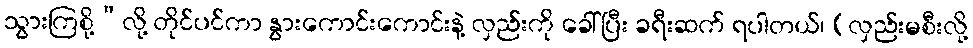
သွားကြစို့”လို့ တိုင်ပင်ကာ နွားကောင်းကောင်းနဲ့ လှည်းကို ခေါ်ပြီး ခရီးဆက် ရပါတယ်၊ (လှည်းမစီးလို့